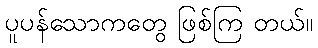
ပူပန်သောကတွေ ဖြစ်ကြ တယ်။